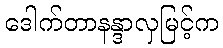
ဒေါက်တာနန္ဒာလှမြင့်က